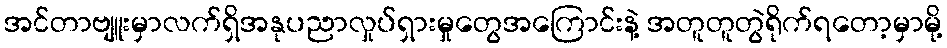
အင်တာဗျူးမှာလက်ရှိအနုပညာလှုပ်ရှားမှုတွေအကြောင်းနဲ့ အတူတူတွဲရိုက်ရတော့မှာမို့